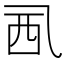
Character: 𧟢